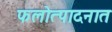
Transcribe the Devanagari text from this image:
फलोत्पादनात